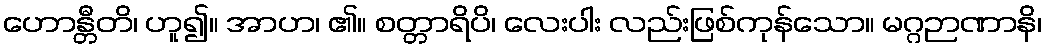
ဟောန္တီတိ၊ ဟူ၍။ အာဟ၊ ၏။ စတ္တာရိပိ၊ လေးပါး လည်းဖြစ်ကုန်သော။ မဂ္ဂဉာဏာနိ၊